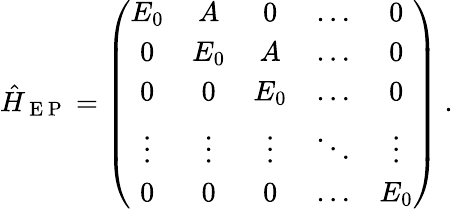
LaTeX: \hat{H}_{\mathrm{~E~P~}}=\left(\begin{array}{ccccc}{E_{0}}&{A}&{0}&{\ldots}&{0}\\ {0}&{E_{0}}&{A}&{\ldots}&{0}\\ {0}&{0}&{E_{0}}&{\ldots}&{0}\\ {\vdots}&{\vdots}&{\vdots}&{\ddots}&{\vdots}\\ {0}&{0}&{0}&{\ldots}&{E_{0}}\end{array}\right)\ .